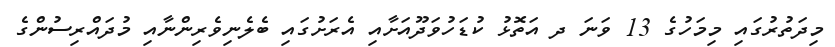
މިދަތުރުގައި މިމަހުގެ 13 ވަނަ ދ އަތޮޅު ކުޑަހުވަދޫއަށާއި އެރަށުގައި ބެލެނިވެރިންނާއި މުދައްރިސުންގެ